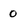
Character: 0